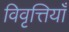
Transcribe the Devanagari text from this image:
विवृत्तियाँ